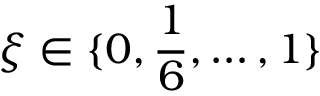
\xi \in \{ 0 , \frac { 1 } { 6 } , \dots , 1 \}